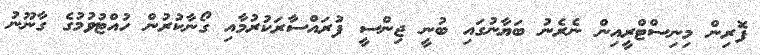
ފޮރިން މިނިސްޓްރީއިން ނެރެނު ބަޔާނުގައި ބުނީ ޖިންސީ ފުރައްސާރަކުރުމާއި ގޯނާކުރުން ހުއްޓުވުމުގެ ގާނޫނު